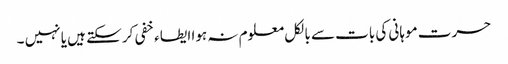
حسرت موہانی کی بات سے بالکل معلوم نہ ہوا ایطاء خفی کر سکتے ہیں یا نہیں ۔